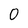
Character: 0